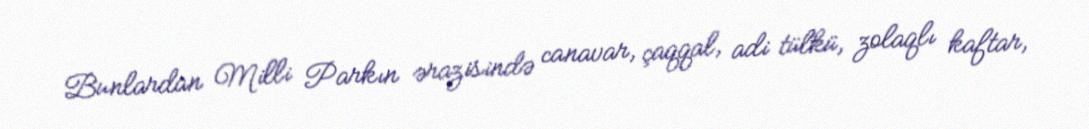
Bunlardan Milli Parkın ərazisində canavar, çaqqal, adi tülkü, zolaqlı kaftar,